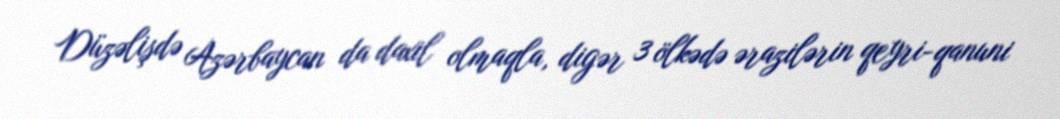
Düzəlişdə Azərbaycan da daxil olmaqla, digər 3 ölkədə ərazilərin qeyri-qanuni